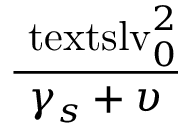
\displaystyle \frac { \ensuremath { \mathrm { \ t e x t s l { v } } _ { 0 } } ^ { 2 } } { \gamma _ { s } + \upsilon }